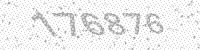
Solution: 176876